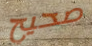
صحيح